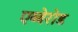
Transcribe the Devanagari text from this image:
एब्बेरोड